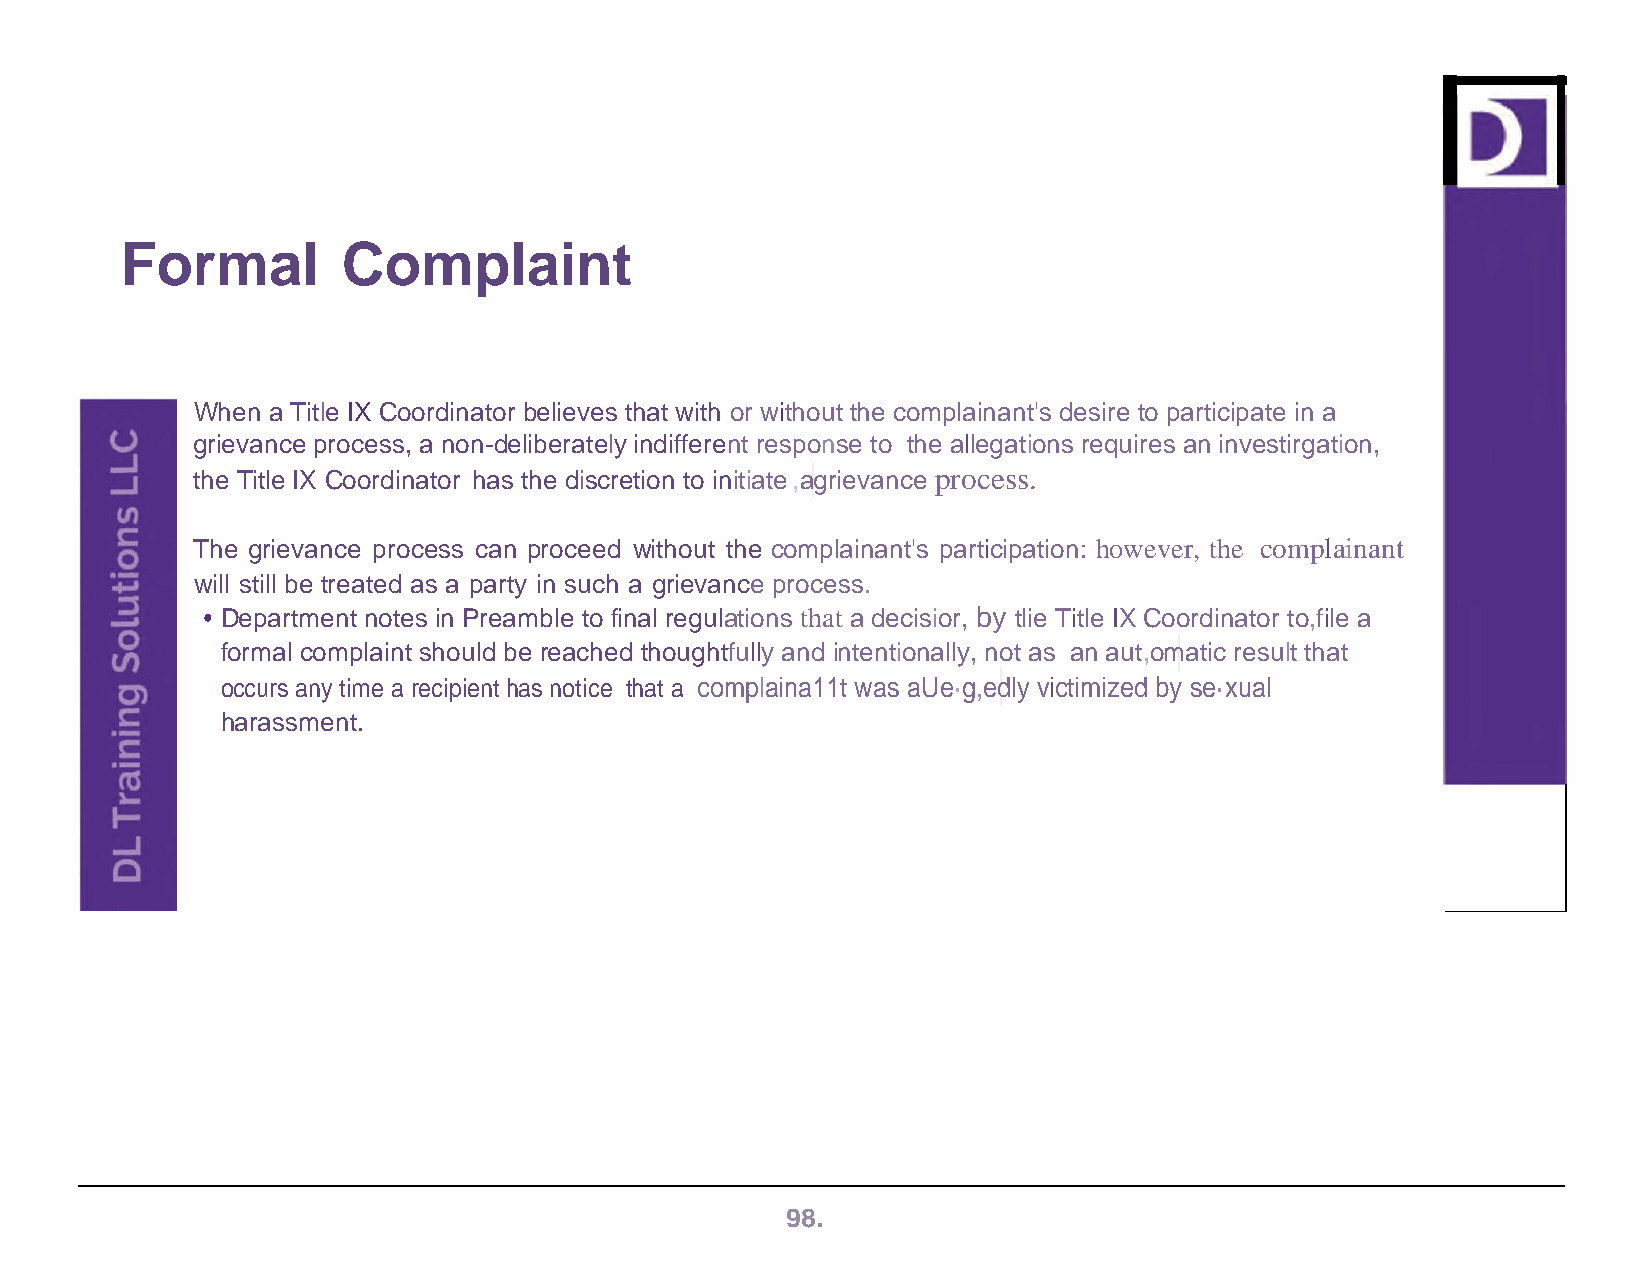
Formal         Complaint
 When a Title IX Coordinator believes that with or without the complainant's desire to participate in a
 grievance process, a non-deliberately indifferent response to the allegations requires an investirgation,
 the Title IX Coordinator has the discretion to initiate ,agrievance process.
 The grievance process can proceed without the complainant's participation: however, the complainant
 will still be treated as a party in such a grievance process.
 • Department notes in Preamble to final regulations that a decisior, by tlie Title IX Coordinator to,file a
 formal complaint should be reached thoughtfully and intentionally, not as an aut,omatic result that
 occurs any time a recipient has notice that a complaina11t was aUe·g,edly victimized by se·xual
 harassment.
 98.